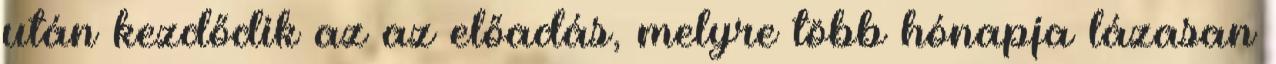
után kezdődik az az előadás, melyre több hónapja lázasan